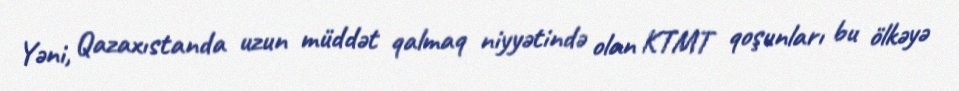
Yəni, Qazaxıstanda uzun müddət qalmaq niyyətində olan KTMT qoşunları bu ölkəyə